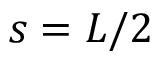
s = L / 2